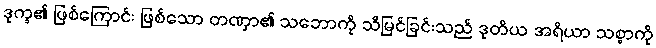
ဒုက္ခ၏ ဖြစ်ကြောင်း ဖြစ်သော တဏှာ၏ သဘောကို သိမြင်ခြင်းသည် ဒုတိယ အရိယာ သစ္စာကို